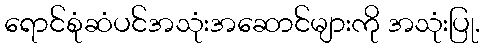
ရောင်စုံဆံပင်အသုံးအဆောင်များကို အသုံးပြု.